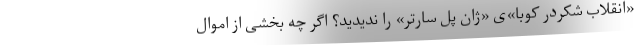
«انقلاب شکردر کوبا»ی «ژان پل سارتر» را ندیدید؟ اگر چه بخشی از اموال